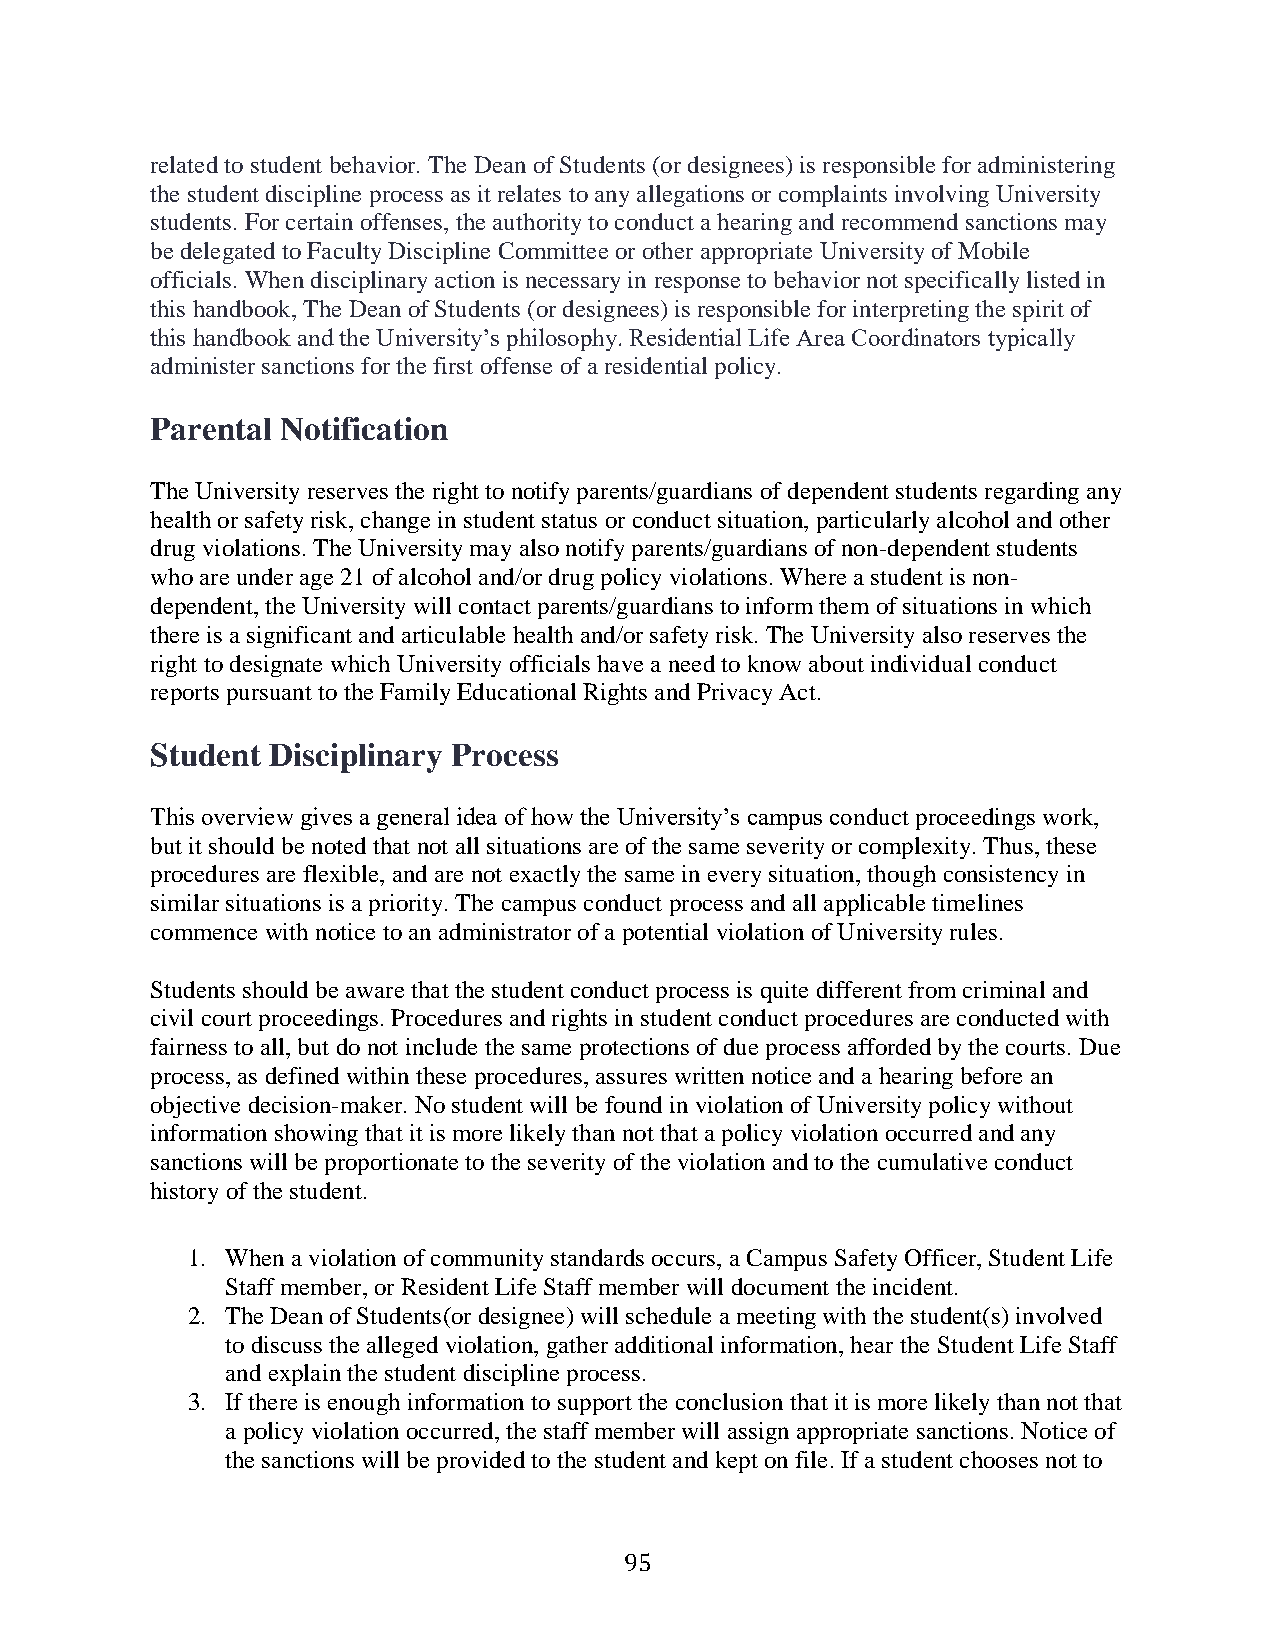
related to student behavior. The Dean of Students (or designees) is responsible for administering
 the student discipline process as it relates to any allegations or complaints involving University
 students. For certain offenses, the authority to conduct a hearing and recommend sanctions may
 be delegated to Faculty Discipline Committee or other appropriate University of Mobile
 officials. When disciplinary action is necessary in response to behavior not specifically listed in
 this handbook, The Dean of Students (or designees) is responsible for interpreting the spirit of
 this handbook and the University’s philosophy. Residential Life Area Coordinators typically
 administer sanctions for the first offense of a residential policy.
 Parental Notification
 The University reserves the right to notify parents/guardians of dependent students regarding any
 health or safety risk, change in student status or conduct situation, particularly alcohol and other
 drug violations. The University may also notify parents/guardians of non-dependent students
 who are under age 21 of alcohol and/or drug policy violations. Where a student is non-
 dependent, the University will contact parents/guardians to inform them of situations in which
 there is a significant and articulable health and/or safety risk. The University also reserves the
 right to designate which University officials have a need to know about individual conduct
 reports pursuant to the Family Educational Rights and Privacy Act.
 Student Disciplinary Process
 This overview gives a general idea of how the University’s campus conduct proceedings work,
 but it should be noted that not all situations are of the same severity or complexity. Thus, these
 procedures are flexible, and are not exactly the same in every situation, though consistency in
 similar situations is a priority. The campus conduct process and all applicable timelines
 commence with notice to an administrator of a potential violation of University rules.
 Students should be aware that the student conduct process is quite different from criminal and
 civil court proceedings. Procedures and rights in student conduct procedures are conducted with
 fairness to all, but do not include the same protections of due process afforded by the courts. Due
 process, as defined within these procedures, assures written notice and a hearing before an
 objective decision-maker. No student will be found in violation of University policy without
 information showing that it is more likely than not that a policy violation occurred and any
 sanctions will be proportionate to the severity of the violation and to the cumulative conduct
 history of the student.
 1. When a violation of community standards occurs, a Campus Safety Officer, Student Life
 Staff member, or Resident Life Staff member will document the incident.
 2. The Dean of Students(or designee) will schedule a meeting with the student(s) involved
 to discuss the alleged violation, gather additional information, hear the Student Life Staff
 and explain the student discipline process.
 3. If there is enough information to support the conclusion that it is more likely than not that
 a policy violation occurred, the staff member will assign appropriate sanctions. Notice of
 the sanctions will be provided to the student and kept on file. If a student chooses not to
 95